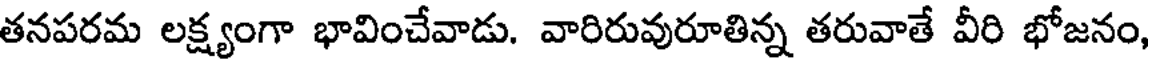
తనపరమ లక్ష్యంగా భావించేవాడు. వారిరువురూతిన్న తరువాతే వీరి భోజనం,